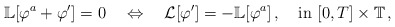
\begin{align*}\mathbb L[\varphi^a+\varphi^\prime]=0\quad\Leftrightarrow\quad\mathcal L[\varphi^\prime]=-\mathbb L [\varphi^a]\,,\quad\mbox{in}\,\,[0,T]\times\mathbb T\,,\end{align*}